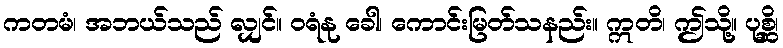
ကတမံ၊ အဘယ်သည် လျှင်။ ဝရံနု ခေါ၊ ကောင်းမြတ်သနည်း။ ဣတိ၊ ဤသို့။ ပုစ္ဆိ၊